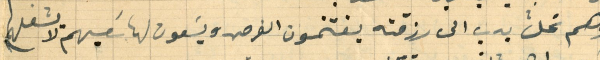
وهم نحلٌ يدب الى رزقته يغتنمون الفرص ويسَعون لها سَعيهم لا يشغلهم